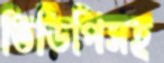
ভিডিপিসহ